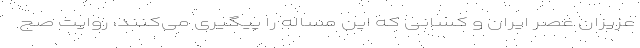
عزیزان عصر ایران و کسانی که این مساله را پیگیری می‌کنند، روایت صح